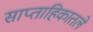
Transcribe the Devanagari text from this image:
साप्ताहिकातले